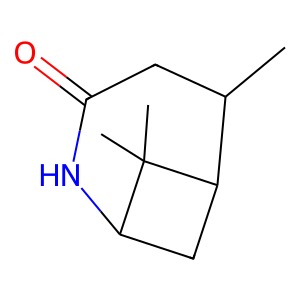
SMILES: CC1CC(=O)NC2CC1C2(C)C
Inhibits HIV replication: No